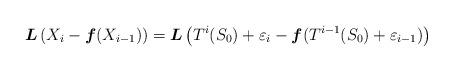
LaTeX: \begin{align*}\boldsymbol{L} \left( X_i - \boldsymbol{f}(X_{i-1}) \right)= \boldsymbol{L} \left( T^i(S_0) + \varepsilon_i - \boldsymbol{f}(T^{i-1}(S_0) + \varepsilon_{i-1}) \right)\end{align*}